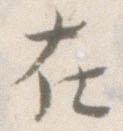
在